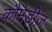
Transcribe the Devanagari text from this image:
कौमेडीज़